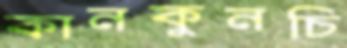
কানকুনচি